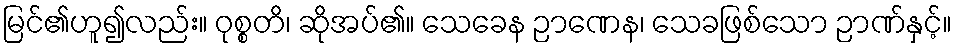
မြင်၏ဟူ၍လည်း။ ဝုစ္စတိ၊ ဆိုအပ်၏။ သေခေန ဉာဏေန၊ သေခဖြစ်သော ဉာဏ်နှင့်။